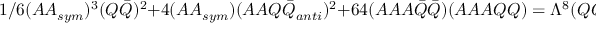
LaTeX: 1 / 6 ( A A _ { s y m } ) ^ { 3 } ( Q { \bar { Q } } ) ^ { 2 } + 4 ( A A _ { s y m } ) ( A A Q { \bar { Q } } _ { a n t i } ) ^ { 2 } + 6 4 ( A A A { \bar { Q } } { \bar { Q } } ) ( A A A Q Q ) = \Lambda ^ { 8 } ( Q { \bar { Q } } )